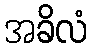
အခိလံ